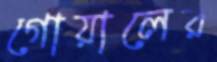
গোয়ালের